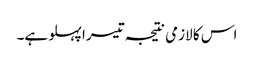
اس کا لازمی نتیجہ تیسرا پہلو ہے۔